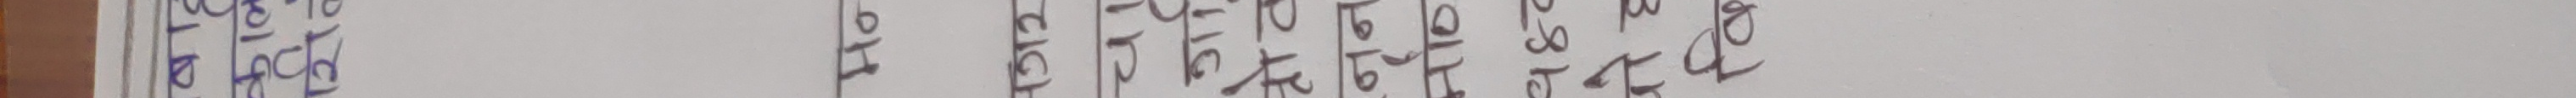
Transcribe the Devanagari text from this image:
१८ १२ १२ १२ १० १८ १०
१६ १४ १२ १० १० १६ १२
१२ १४ १४ १४ १२ १४ १२
१० १० १४ १२ १२ १२ १२
११ १२ १२ १० १२ १० १०
१५ १६ १० १२ १० १० १२
१४ १४ १० १० १२ १२ १०
१६ १८ १२ १० १२ १४ १२
१२ १६ १४ १२ १४ १२ १०
१२ १८ १४ १० १४ १२ १०